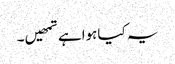
یہ کیاہواہے تمھیں۔